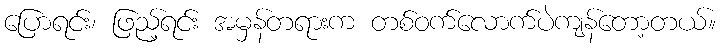
ပြောရင်း၊ ဖြည့်ရင်း အမှန်တရားက တစ်ဝက်လောက်ပဲကျန်တော့တယ်။